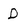
Character: D